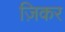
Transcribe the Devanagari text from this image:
ज़िकर